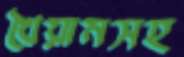
খৈয়ামসহ